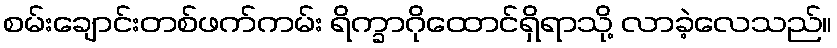
စမ်းချောင်းတစ်ဖက်ကမ်း ရိက္ခာဂိုထောင်ရှိရာသို့ လာခဲ့လေသည်။